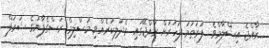
ރާއްޖެ އިސްލާމްވެ  ފުރަތަމަ ފަހަރަށް ރާއްޖޭގައި ރެދަލިކުރެއްވި މުސްލިމް ރަސްގެފާނުގެ ޝަރަފް